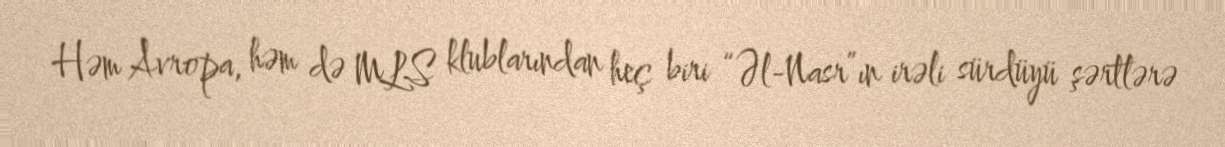
Həm Avropa, həm də MLS klublarından heç biri “Əl-Nasr”ın irəli sürdüyü şərtlərə